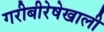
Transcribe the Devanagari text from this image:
गरीबीरेषेखाली